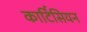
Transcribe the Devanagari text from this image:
कार्टिसियन